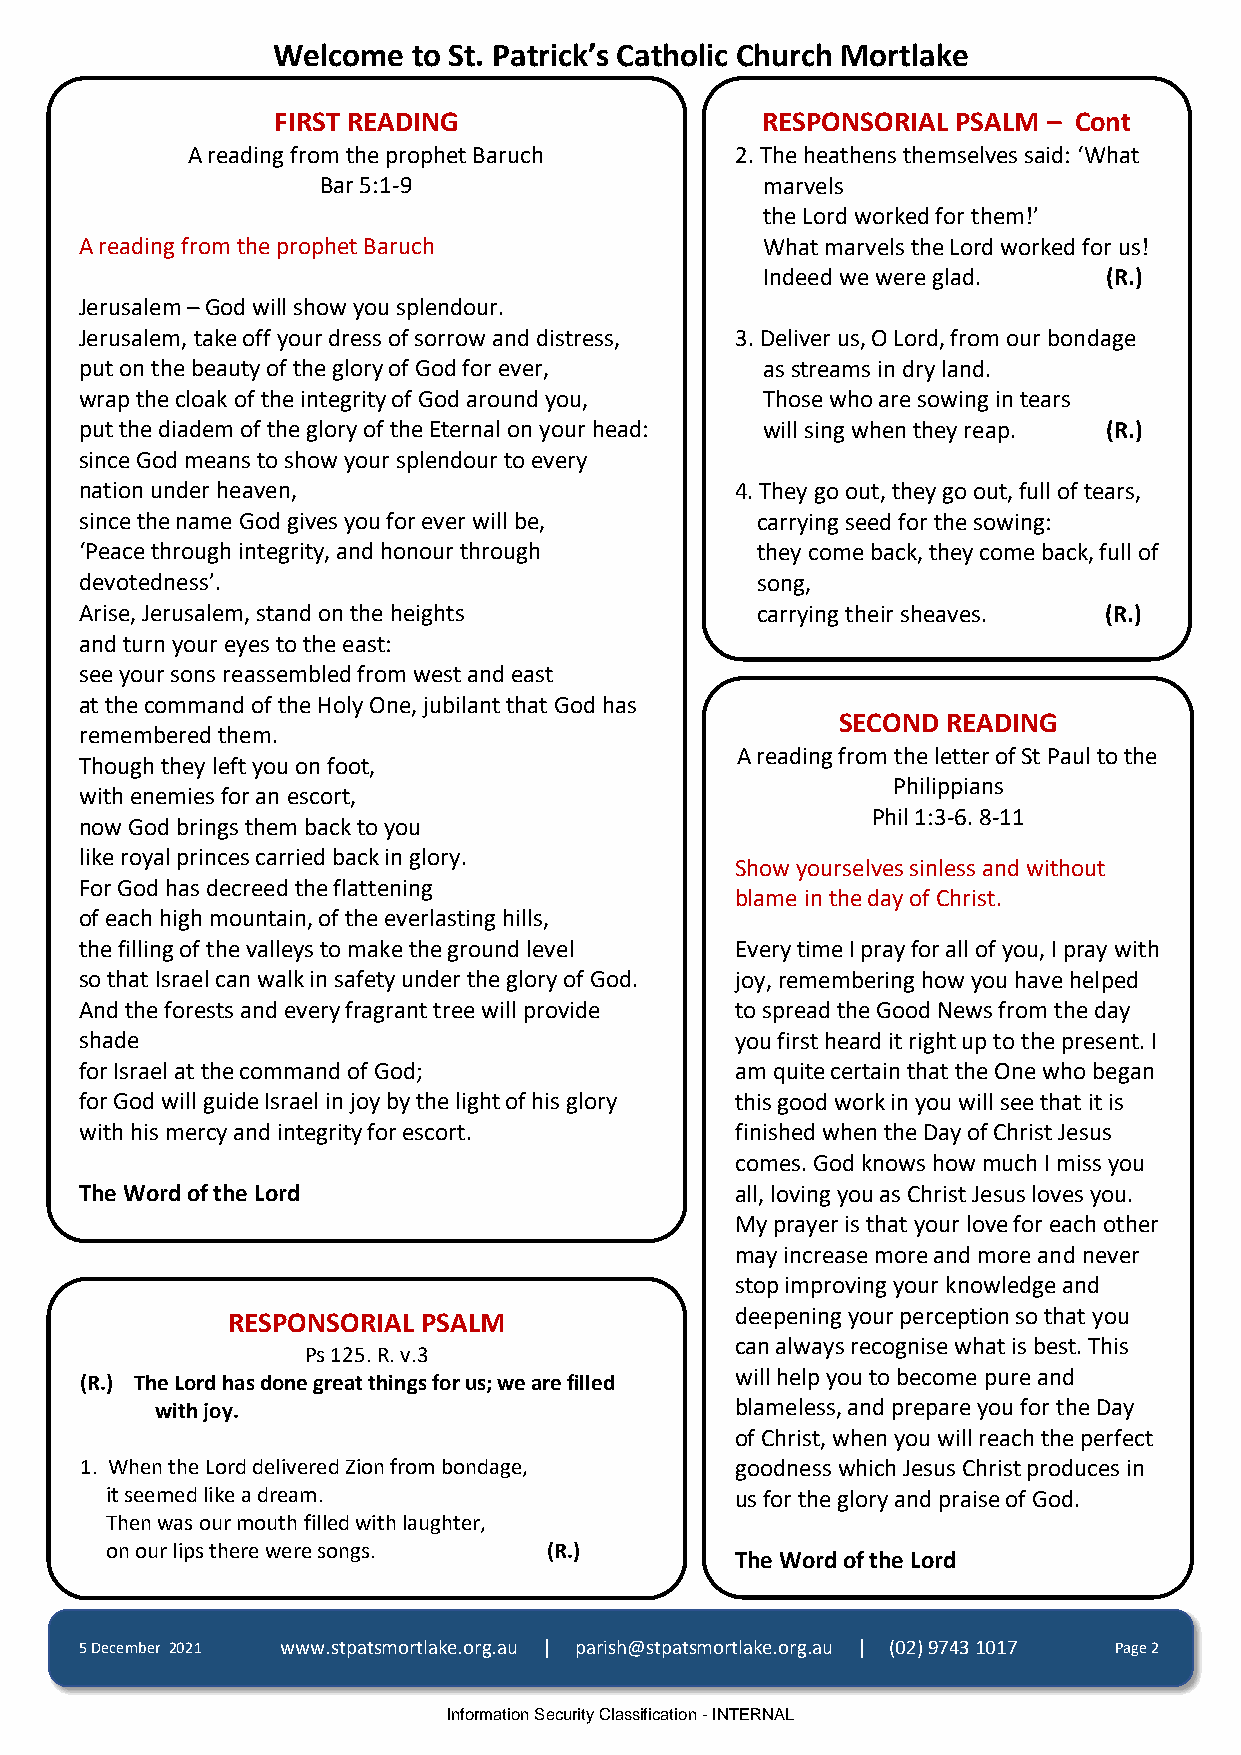
Welcome  to St. Patrick’s Catholic Church Mortlake
 FIRST READING                   RESPONSORIAL PSALM – Cont
 A reading from the prophet Baruch    2. The heathens themselves said: ‘What
 Bar 5:1-9                     marvels
 the Lord worked for them!’
 A reading from the prophet Baruch             What marvels the Lord worked for us!
 Indeed we were glad.  (R.)
 Jerusalem – God will show you splendour.
 Jerusalem, take off your dress of sorrow and distress, 3. Deliver us, O Lord, from our bondage
 put on the beauty of the glory of God for ever, as streams in dry land.
 wrap the cloak of the integrity of God around you, Those who are sowing in tears
 put the diadem of the glory of the Eternal on your head: will sing when they reap. (R.)
 since God means to show your splendour to every
 nation under heaven,                        4. They go out, they go out, full of tears,
 since the name God gives you for ever will be, carrying seed for the sowing:
 ‘Peace through integrity, and honour through they come back, they come back, full of
 devotedness’.                                song,
 Arise, Jerusalem, stand on the heights       carrying their sheaves. (R.)
 and turn your eyes to the east:
 see your sons reassembled from west and east
 at the command of the Holy One, jubilant that God has
 SECOND  READING
 remembered them.
 A reading from the letter of St Paul to the
 Though they left you on foot,
 Philippians
 with enemies for an escort,
 Phil 1:3-6. 8-11
 now God brings them back to you
 like royal princes carried back in glory.
 Show yourselves sinless and without
 For God has decreed the flattening
 blame in the day of Christ.
 of each high mountain, of the everlasting hills,
 the filling of the valleys to make the ground level Every time I pray for all of you, I pray with
 so that Israel can walk in safety under the glory of God. joy, remembering how you have helped
 And the forests and every fragrant tree will provide to spread the Good News from the day
 shade                                       you first heard it right up to the present. I
 for Israel at the command of God;           am quite certain that the One who began
 for God will guide Israel in joy by the light of his glory this good work in you will see that it is
 with his mercy and integrity for escort.    finished when the Day of Christ Jesus
 comes. God knows how much I miss you
 The Word of the Lord                        all, loving you as Christ Jesus loves you.
 My prayer is that your love for each other
 may increase more and more and never
 stop improving your knowledge and
 RESPONSORIAL PSALM                deepening your perception so that you
 can always recognise what is best. This
 Ps 125. R. v.3
 will help you to become pure and
 (R.) The Lord has done great things for us; we are filled
 with joy.                              blameless, and prepare you for the Day
 of Christ, when you will reach the perfect
 1. When the Lord delivered Zion from bondage, goodness which Jesus Christ produces in
 it seemed like a dream.                   us for the glory and praise of God.
 Then was our mouth filled with laughter,
 on our lips there were songs. (R.)
 The Word of the Lord
 5 December 2021 www.stpatsmortlake.org.au | parish@stpatsmortlake.org.au | (02) 9743 1017 Page 2
 Information Security Classification - INTERNAL